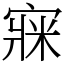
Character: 㝥